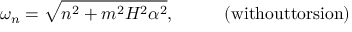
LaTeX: \omega _ { n } = \sqrt { n ^ { 2 } + m ^ { 2 } H ^ { 2 } \alpha ^ { 2 } } , \; \; \; \; \; \; \; \; \; \; \mathrm { ( w i t h o u t t o r s i o n ) }